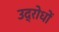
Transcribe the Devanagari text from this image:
उद्रोधों